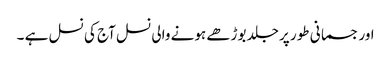
اور جسمانی طور پر جلد بوڑھے ہونے والی نسل آج کی نسل ہے ۔